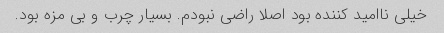
خیلی ناامید کننده بود اصلا راضی نبودم. بسیار چرب و بی مزه بود.